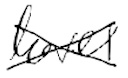
Text: level
Cross-out: cross
Writing tool: digital_black